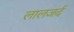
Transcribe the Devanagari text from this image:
लालजर्द